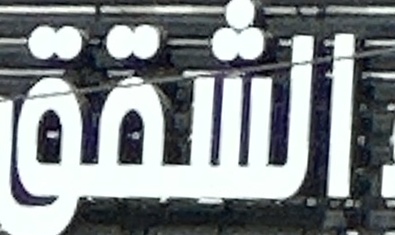
الشقق